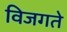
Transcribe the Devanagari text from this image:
विजगते